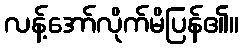
လန့်အော်လိုက်မိပြန်၏။